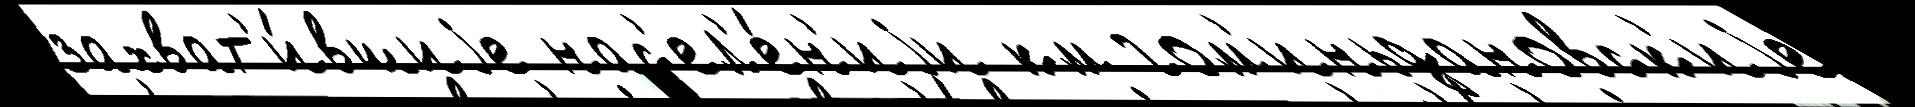
захват'и́вшиjе нас'ел'е́н'иjи км гом'иньдановск'иjе